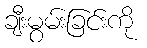
ချီးမွမ်းခြင်းကို